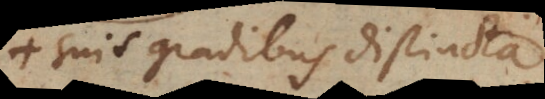
suis gradibus distincta